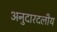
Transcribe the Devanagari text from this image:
अनुदारदलीय